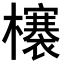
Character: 𣟋